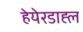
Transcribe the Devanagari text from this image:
हेयेरडाह्ल